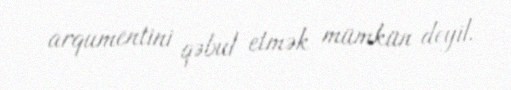
arqumentini qəbul etmək mümkün deyil.